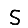
Digit: 5